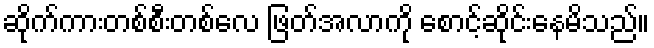
ဆိုက်ကားတစ်စီးတစ်လေ ဖြတ်အလာကို စောင့်ဆိုင်းနေမိသည်။